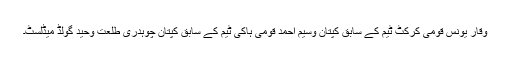
وقار یونس قومی کرکٹ ٹیم کے سابق کپتان وسیم احمد قومی ہاکی ٹیم کے سابق کپتان چوہدری طلعت وحید گولڈ میڈلسٹ۔